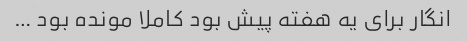
انگار برای یه هفته پیش بود کاملا مونده بود …